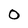
Character: 0